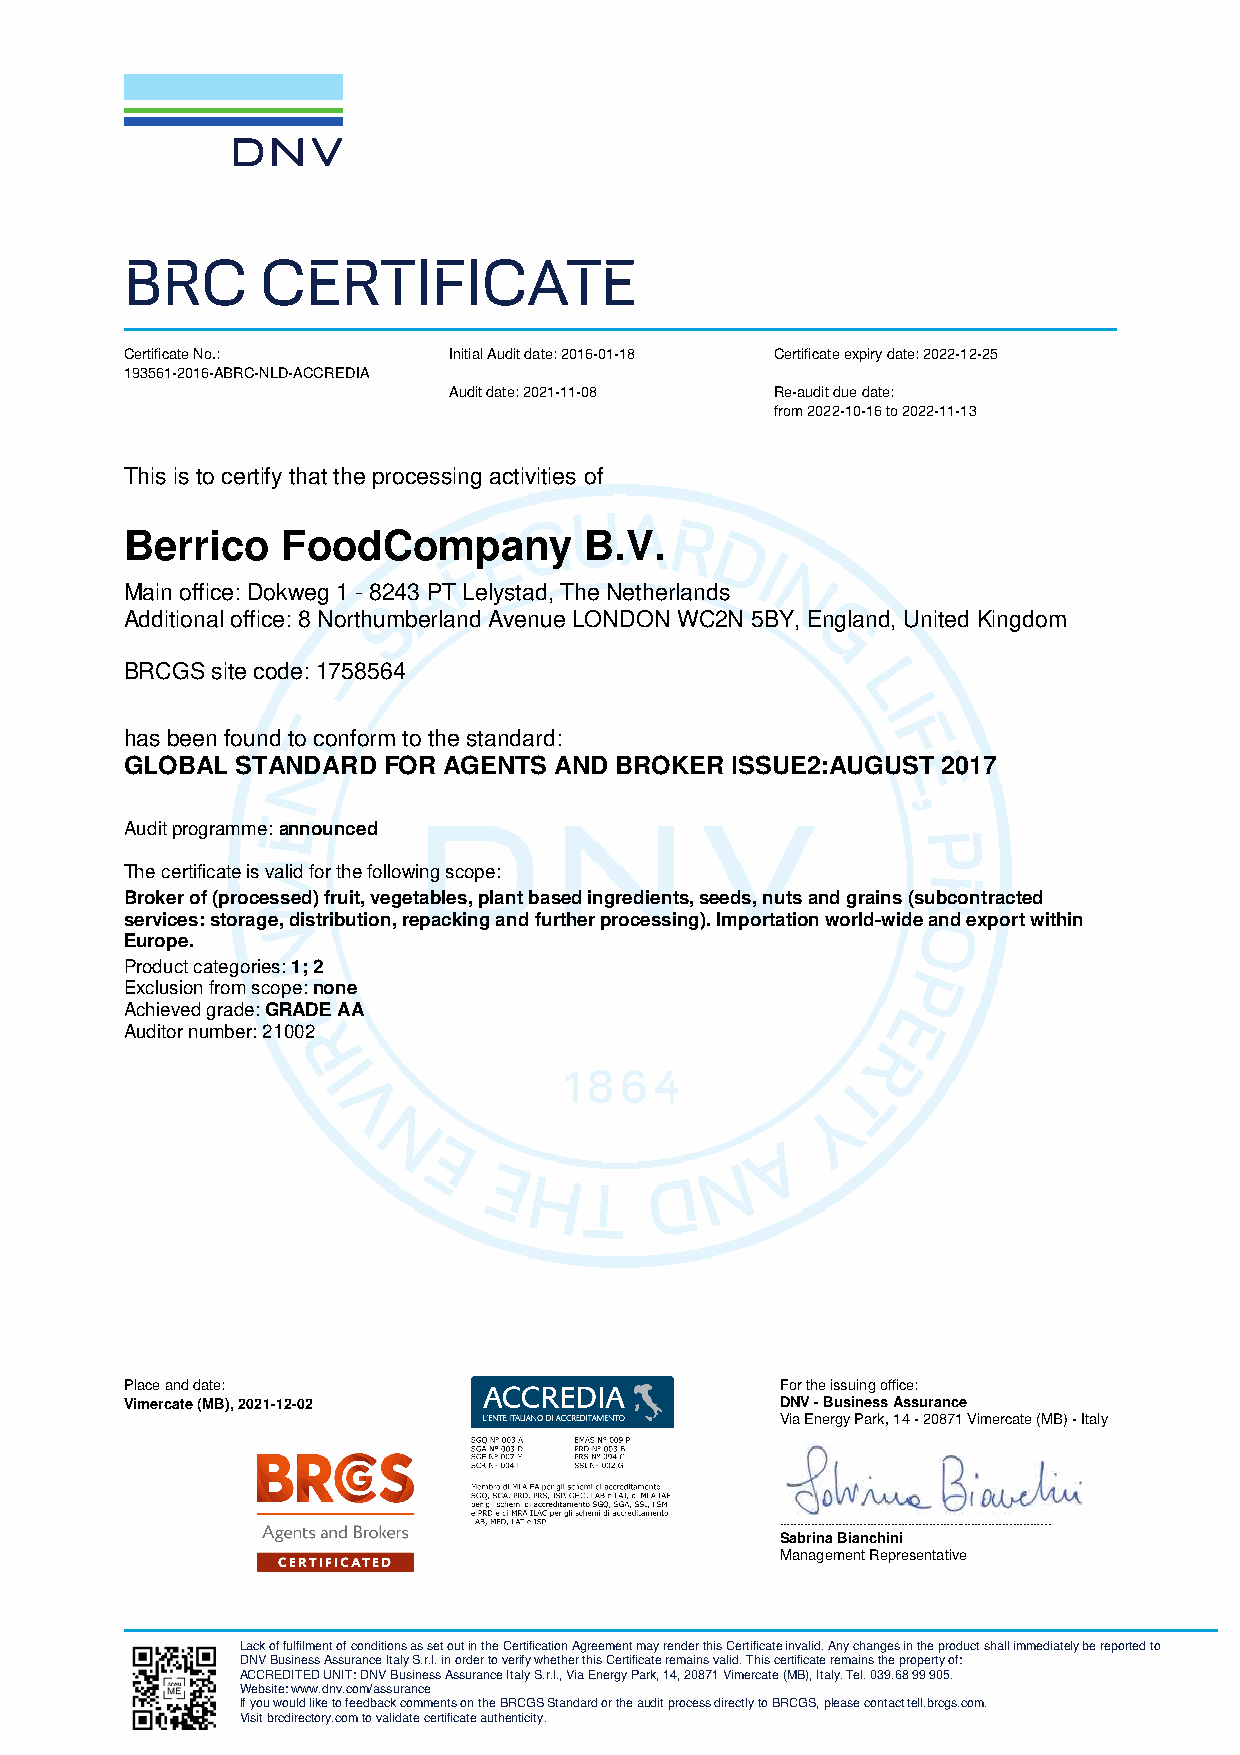
BRC      CERTIFICATE
 Certificate No.:      Initial Audit date: 2016-01-18 Certificate expiry date: 2022-12-25
 193561-2016-ABRC-NLD-ACCREDIA
 Audit date: 2021-11-08 Re-audit due date:
 from 2022-10-16 to 2022-11-13
 This is to certify that the processing activities of
 Berrico    FoodCompany         B.V.
 Main office: Dokweg 1 - 8243 PT Lelystad, The Netherlands
 Additional office: 8 Northumberland Avenue LONDON WC2N 5BY, England, United Kingdom
 BRCGS site code: 1758564
 has been found to conform to the standard:
 GLOBAL  STANDARD FOR AGENTS  AND BROKER ISSUE2:AUGUST 2017
 Audit programme: announced
 The certificate is valid for the following scope:
 Broker of (processed) fruit, vegetables, plant based ingredients, seeds, nuts and grains (subcontracted
 services: storage, distribution, repacking and further processing). Importation world-wide and export within
 Europe.
 Product categories: 1; 2
 Exclusion from scope: none
 Achieved grade: GRADE AA
 Auditor number: 21002
 Place and date:                             For the issuing office:
 Vimercate (MB), 2021-12-02                  DNV - Business Assurance
 Via Energy Park, 14 - 20871 Vimercate (MB) - Italy
 ______________________________________________________________________________
 Sabrina Bianchini
 Management Representative
 Lack of fulfilment of conditions as set out in the Certification Agreement may render this Certificate invalid. Any changes in the product shall immediately be reported to
 DNV Business Assurance Italy S.r.l. in order to verify whether this Certificate remains valid. This certificate remains the property of:
 ACCREDITED UNIT: DNV Business Assurance Italy S.r.l., Via Energy Park, 14, 20871 Vimercate (MB), Italy. Tel. 039.68 99 905.
 Website: www.dnv.com/assurance
 If you would like to feedback comments on the BRCGS Standard or the audit process directly to BRCGS, please contact tell.brcgs.com.
 Visit brcdirectory.com to validate certificate authenticity.